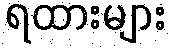
ရထားများ